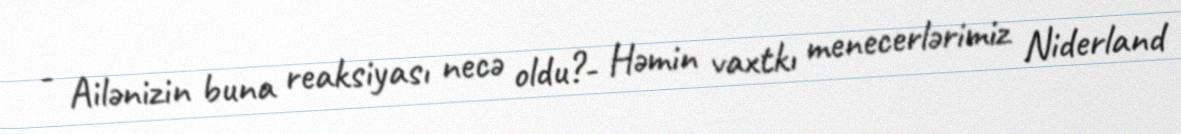
- Ailənizin buna reaksiyası necə oldu?- Həmin vaxtkı menecerlərimiz Niderland